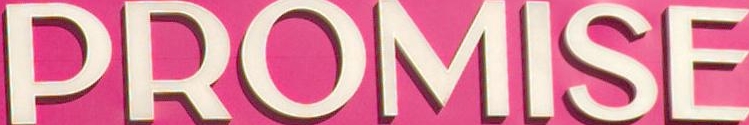
PROMISE